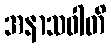
အနာသဝါတိ